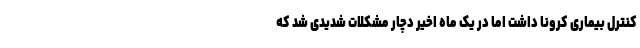
کنترل بیماری کرونا داشت اما در یک ماه اخیر دچار مشکلات شدیدی شد که